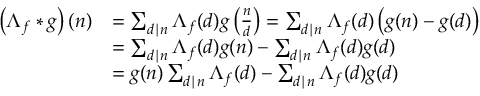
\begin{array} { r l } { \left( \Lambda _ { f } \ast g \right) ( n ) } & { = \sum _ { d \mid n } \Lambda _ { f } ( d ) g \left( \frac { n } { d } \right) = \sum _ { d \mid n } \Lambda _ { f } ( d ) \left( g ( n ) - g ( d ) \right) } \\ & { = \sum _ { d \mid n } \Lambda _ { f } ( d ) g ( n ) - \sum _ { d \mid n } \Lambda _ { f } ( d ) g ( d ) } \\ & { = g ( n ) \sum _ { d \mid n } \Lambda _ { f } ( d ) - \sum _ { d \mid n } \Lambda _ { f } ( d ) g ( d ) } \end{array}